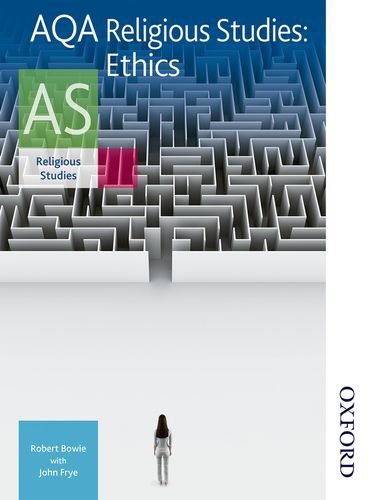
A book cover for AQA Religious Studies AS: Ethics; Robert A. Bowie; Teen & Young Adult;